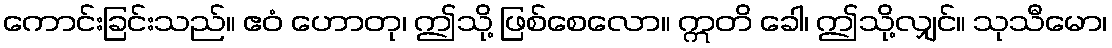
ကောင်းခြင်းသည်။ ဧဝံ ဟောတု၊ ဤသို့ ဖြစ်စေလော။ ဣတိ ခေါ၊ ဤသို့လျှင်။ သုသီမော၊